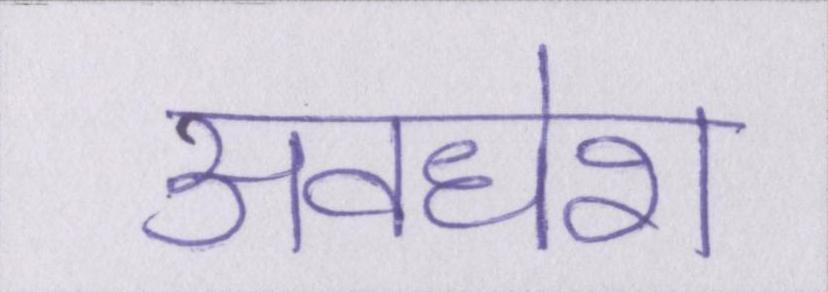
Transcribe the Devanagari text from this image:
अवधेश